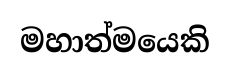
මහාත්මයෙකි